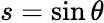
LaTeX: s=\sin\theta